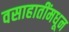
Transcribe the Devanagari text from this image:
वसाहातींमधून